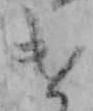
け